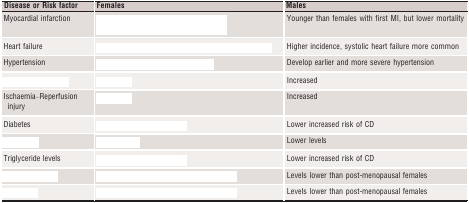
<table><thead><tr><td><b>Disease or Risk factor</b></td><td><b>Females</b></td><td><b>Males</b></td></tr></thead><tbody><tr><td>Myocardial infarction</td><td>[EMPTY_CELL]</td><td>Younger than females with first MI, but lower mortality</td></tr><tr><td>Heart failure</td><td>[EMPTY_CELL]</td><td>Higher incidence, systolic heart failure more common</td></tr><tr><td>Hypertension</td><td>[EMPTY_CELL]</td><td>Develop earlier and more severe hypertension</td></tr><tr><td>[EMPTY_CELL]</td><td>[EMPTY_CELL]</td><td>Increased</td></tr><tr><td>Ischaemia–Reperfusion injury</td><td>[EMPTY_CELL]</td><td>Increased</td></tr><tr><td>Diabetes</td><td>[EMPTY_CELL]</td><td>Lower increased risk of CD</td></tr><tr><td>[EMPTY_CELL]</td><td>[EMPTY_CELL]</td><td>Lower levels</td></tr><tr><td>Triglyceride levels</td><td>[EMPTY_CELL]</td><td>Lower increased risk of CD</td></tr><tr><td>[EMPTY_CELL]</td><td>[EMPTY_CELL]</td><td>Levels lower than post‐menopausal females</td></tr><tr><td>[EMPTY_CELL]</td><td>[EMPTY_CELL]</td><td>Levels lower than post‐menopausal females</td></tr></tbody></table>